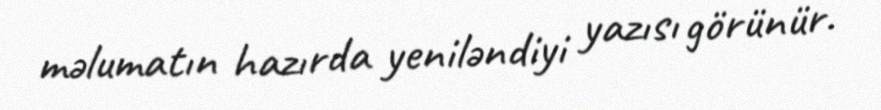
məlumatın hazırda yeniləndiyi yazısı görünür.